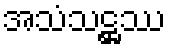
အသံသဋ္ဌဿ